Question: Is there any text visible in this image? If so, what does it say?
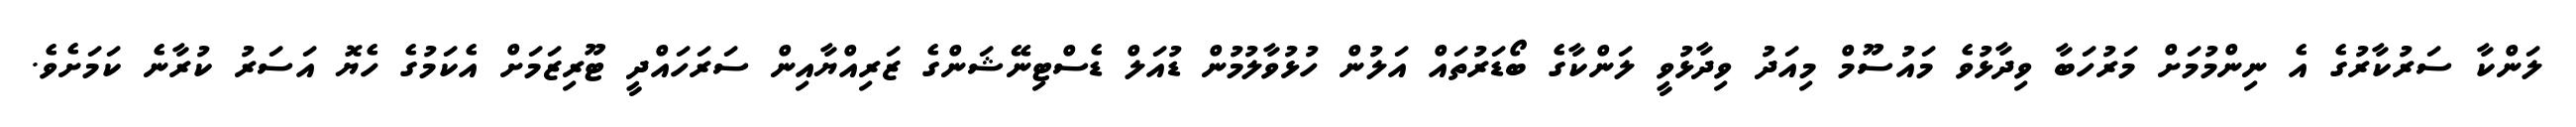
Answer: ލަންކާ ސަރުކާރުގެ އެ ނިންމުމަށް މަރުހަބާ ވިދާޅުވެ މައުސޫމް މިއަދު ވިދާޅުވީ ލަންކާގެ ބޯޑަރުތައް އަލުން ހުޅުވާލުމުން ޑުއަލް ޑެސްޓިނޭޝަންގެ ޒަރިއްޔާއިން ސަރަހައްދީ ޓޫރިޒަމަށް އެކަމުގެ ހެޔޮ އަސަރު ކުރާނެ ކަމަށެވެ.